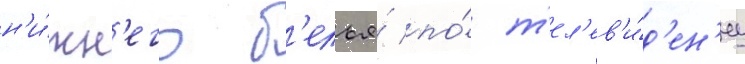
н'и́жн'его б'елья́ по́ т'ел'ев'и́д'ен'иу